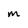
Character: M